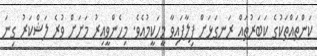
ކަންތައްތަކުގެ ކަބަރުތައް ރަނގަޅަށް ފިލާފައިވާ މީހަކީމުއެވެ. މިހެންވީއިރު މަށަށް ވުރެ ލަޝްކަރު ގިނަ